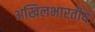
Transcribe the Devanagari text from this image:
अखिलभारतीय